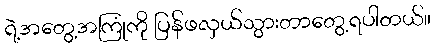
ရဲ့အတွေ့အကြုံကို ပြန်ဖလှယ်သွားတာတွေ့ရပါတယ်။